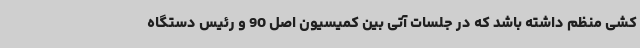
کشی منظم داشته باشد که در جلسات آتی بین کمیسیون اصل 90 و رئیس دستگاه